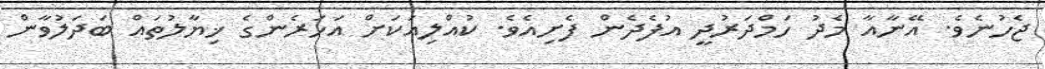
ޖެހުނެވެ. އޭނާއާ މެދު ހަމްދަރުދީ އުފެދެން ފެށިއެވެ. ކުއްލިއަކަށް އަހަރެންގެ ޚިޔާލުތައް ބަދަލުވާން